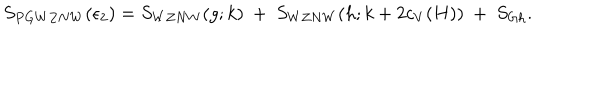
S _ { P G W Z N W } ( \epsilon _ { 2 } ) = S _ { W Z N W } ( g ; k ) ~ + ~ S _ { W Z N W } ( h ; k + 2 c _ { V } ( H ) ) ~ + ~ S _ { G h } .